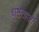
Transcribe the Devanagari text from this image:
धृष्टताओं